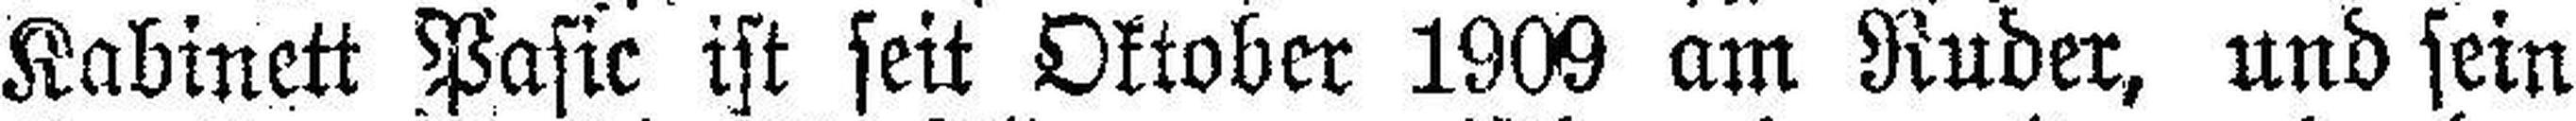
Kabinett Pasic ist seit Oktober 1909 am Ruder, und sein